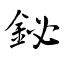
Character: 鉍